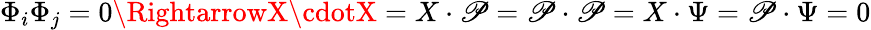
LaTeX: \Phi_{i}\Phi_{j}=0\RightarrowX\cdotX=X\cdot\mathscr{P}=\mathscr{P}\cdot\mathscr{P}=X\cdot\Psi=\mathscr{P}\cdot\Psi=0